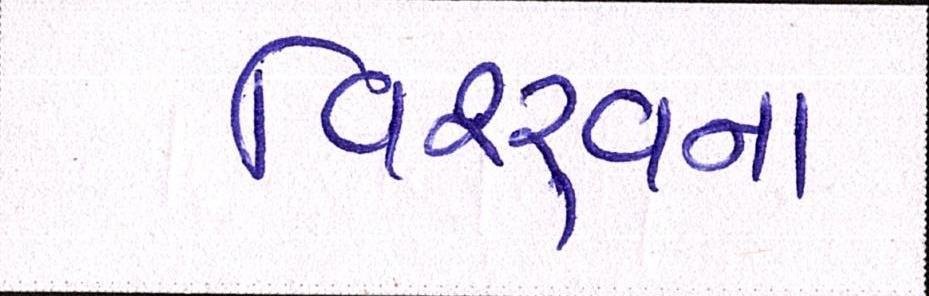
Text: વિશ્ર્વના